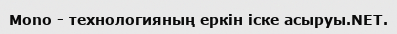
Mono - технологияның еркiн iске асыруы.NET.